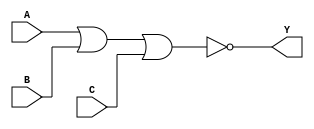
module NOR3 (
	input A, B, C,
	output Y
);
	assign Y = !(A | B | C);
endmodule